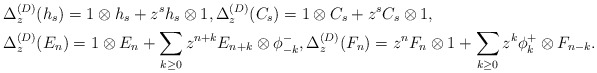
\begin{align*}& \Delta_z^{(D)}(h_s) = 1 \otimes h_s + z^s h_s \otimes 1,\Delta_z^{(D)}(C_s) = 1 \otimes C_s + z^s C_s \otimes 1, \\&\Delta_z^{(D)}(E_n) = 1 \otimes E_n + \sum_{k\geq 0} z^{n+k}E_{n+k} \otimes \phi_{-k}^-,\Delta_z^{(D)}(F_n) = z^n F_n \otimes 1 + \sum_{k\geq 0} z^k \phi_k^+ \otimes F_{n-k}.\end{align*}